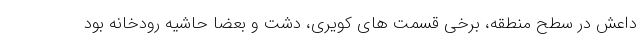
داعش در سطح منطقه، برخی قسمت های کویری، دشت و بعضا حاشیه رودخانه بود